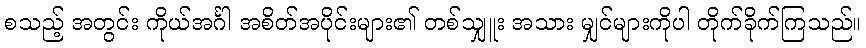
စသည့် အတွင်း ကိုယ်အင်္ဂါ အစိတ်အပိုင်းများ၏ တစ်သျှူး အသား မျှင်များကိုပါ တိုက်ခိုက်ကြသည်။